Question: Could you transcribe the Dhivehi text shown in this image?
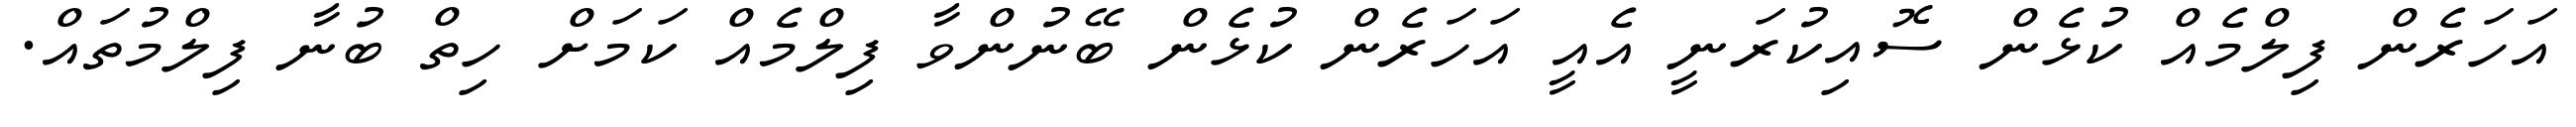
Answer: އަހަރެން ފިލްމެއް ކުޅެން ސޮއިކުރަނީ އެއީ އަހަރެން ކުޅެން ބޭނުންވާ ފިލްމެއް ކަމަށް ހިތް ބުނާ ފިލްމުތައް.